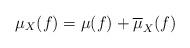
LaTeX: \begin{align*}\mu_{X}(f)=\mu(f)+\overline{\mu}_X(f)\end{align*}